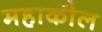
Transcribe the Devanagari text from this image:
महाकौल